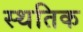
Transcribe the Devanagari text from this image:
स्थतिक